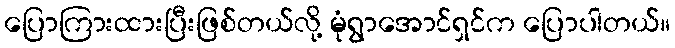
ပြောကြားထားပြီးဖြစ်တယ်လို့ မုံရွာအောင်ရှင်က ပြောပါတယ်။